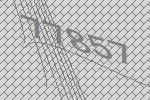
77857